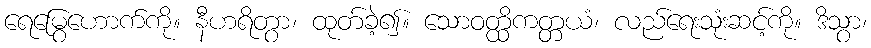
ရေမြွေဟောက်ကို။ နီဟရိတွာ၊ ထုတ်ခဲ့၍။ သောဝတ္ထိကတ္တယံ၊ လည်ရေးသုံးဆင့်ကို။ ဒိသွာ၊